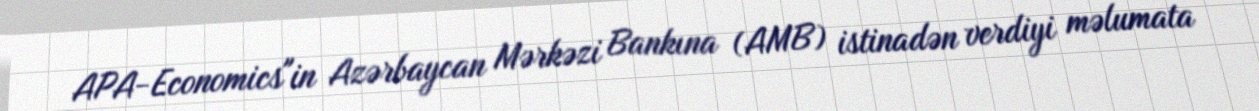
APA-Economics"in Azərbaycan Mərkəzi Bankına (AMB) istinadən verdiyi məlumata